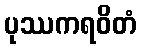
ပုဿကရဝိတံ